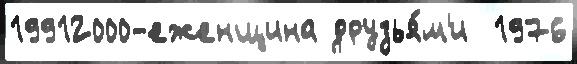
19912000-еженщина друзья́м'и  1976